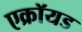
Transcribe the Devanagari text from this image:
एक्रॉयड